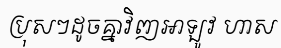
ប្រុសៗដូចគ្នាវិញអាឡូវ ហាស